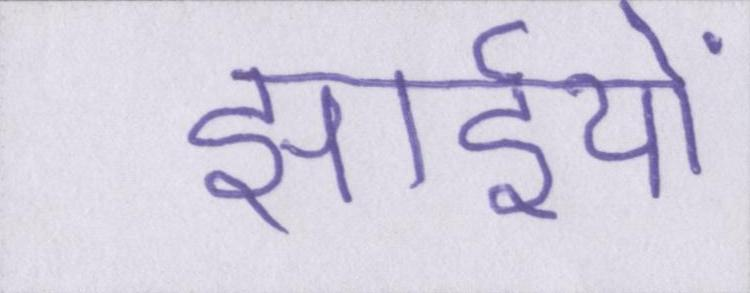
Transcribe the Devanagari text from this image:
झाईयों